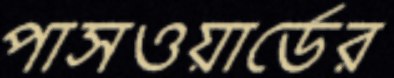
পাসওয়ার্ডের